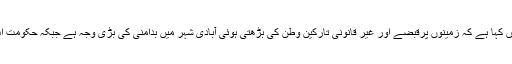
کراچی بدامنی کیس کے دوران عدالت نے اپنے ریمارکس میں کہا ہے کہ زمینوں پرقبضے اور غیر قانونی تارکین وطن کی بڑھتی ہوئی آبادی شہر میں بدامنی کی بڑی وجہ ہے جبکہ حکومت اب تک اس معاملے میں کوئی پالیسی وضح نہیں کرسکی ہے۔